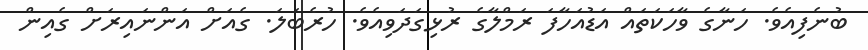
ބުނެފިއެވެ. ހަނާގެ ވާހަކަތައް އަޑުއަހާފަ ރަމްލާގެ ރުޅިގަދަވިއެވެ. ހުރެބަލަ. ގެއަށް އަންނައިރަށް ގެއިން